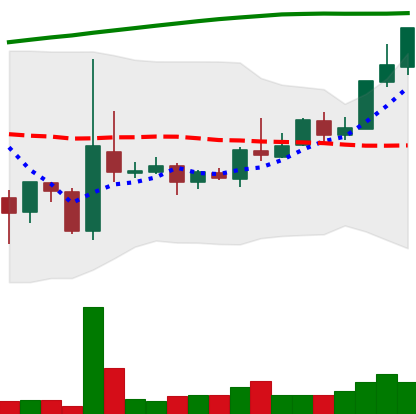
Ticker: TRX-USD
Chart end date: 2018-04-20
Forward return: 30.447%
Label: up_7plus